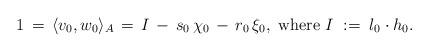
LaTeX: \begin{align*} 1 \, = \, \langle v_0, w_0\rangle_A \, = \, I \, - \, s_0 \, \chi_0 \, - \, r_0 \, \xi_0, \mbox{ where }I \; := \; l_0\cdot h_0. \end{align*}